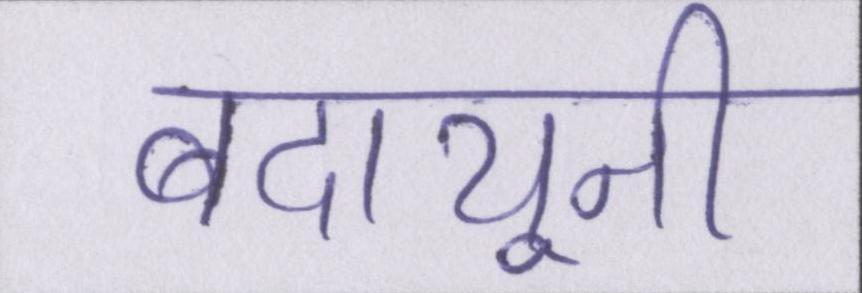
बदायूनी